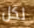
لكل